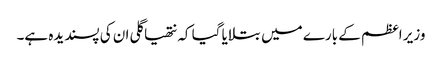
وزیر اعظم کے بارے میں بتلایا گیا کہ نتھیا گلی ان کی پسندیدہ ہے۔